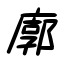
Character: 廓